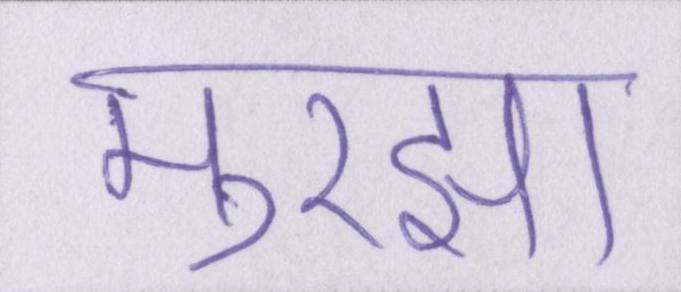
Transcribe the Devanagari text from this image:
मुरझा